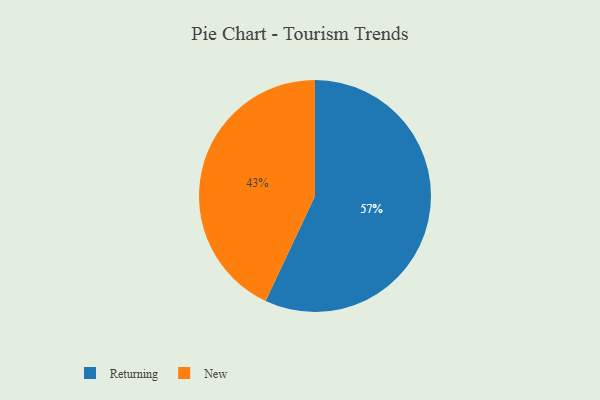
{"axis": {"x": "Category", "y": "Percentage"}, "legend": ["New", "Returning"], "data": [{"x": "New", "y": 43, "type": "New"}, {"x": "Returning", "y": 57, "type": "Returning"}]}